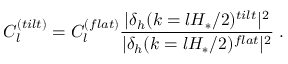
C _ { l } ^ { ( t i l t ) } = C _ { l } ^ { ( f l a t ) } \frac { | \delta _ { h } ( k = l H _ { * } / 2 ) ^ { t i l t } | ^ { 2 } } { | \delta _ { h } ( k = l H _ { * } / 2 ) ^ { f l a t } | ^ { 2 } } \; .